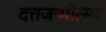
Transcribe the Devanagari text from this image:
दत्तजन्मोत्सव